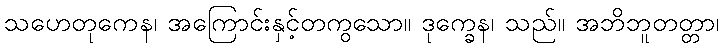
သဟေတုကေန၊ အကြောင်းနှင့်တကွသော။ ဒုက္ခေန၊ သည်။ အဘိဘူတတ္တာ၊